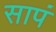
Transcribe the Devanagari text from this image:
सापं